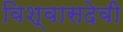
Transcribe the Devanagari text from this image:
विश्वासदेवी